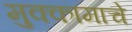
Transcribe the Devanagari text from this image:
मुक्कामाचे